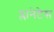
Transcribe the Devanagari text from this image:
प्लानेटेस